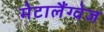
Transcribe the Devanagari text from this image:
मेटालैंग्वेज